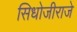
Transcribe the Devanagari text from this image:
सिधोजीराजे